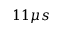
1 1 \mu s